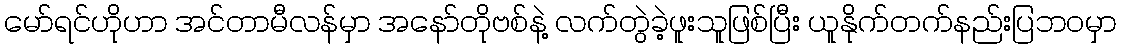
မော်ရင်ဟိုဟာ အင်တာမီလန်မှာ အနော်တိုဗစ်နဲ့ လက်တွဲခဲ့ဖူးသူဖြစ်ပြီး ယူနိုက်တက်နည်းပြဘ၀မှာ